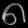
Digit: ၈